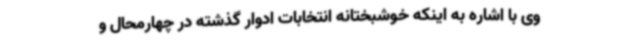
وی با اشاره به اینکه خوشبختانه انتخابات ادوار گذشته در چهارمحال و